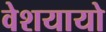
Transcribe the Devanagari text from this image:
वेशयायो